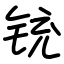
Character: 铳